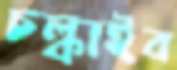
চল্‌কাইব